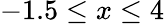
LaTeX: -1.5\leq x\leq 4